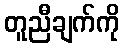
တူညီချက်ကို